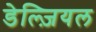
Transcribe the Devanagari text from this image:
डेल्ज़ियल